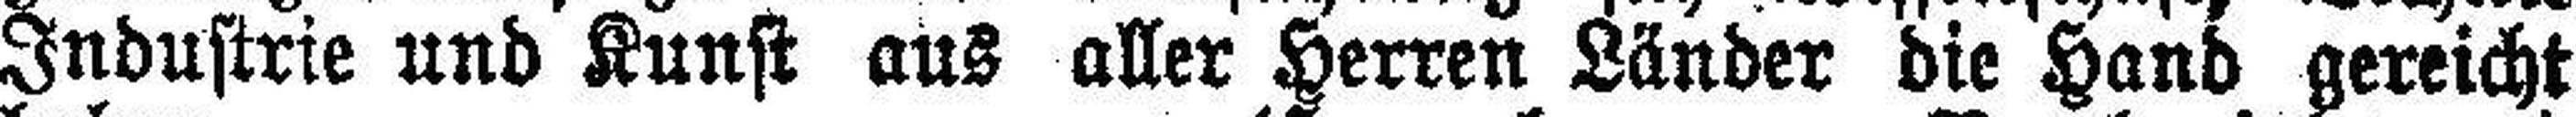
Industrie und Kunst aus aller Herren Länder die Hand gereicht